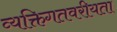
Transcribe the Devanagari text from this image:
व्यक्तिगतवरीयता